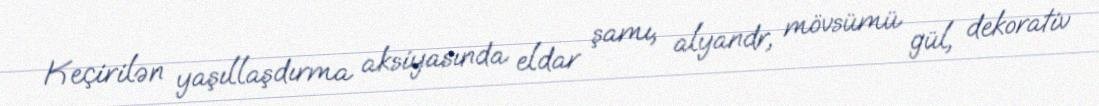
Keçirilən yaşıllaşdırma aksiyasında eldar şamı, alyandr, mövsümü gül, dekorativ